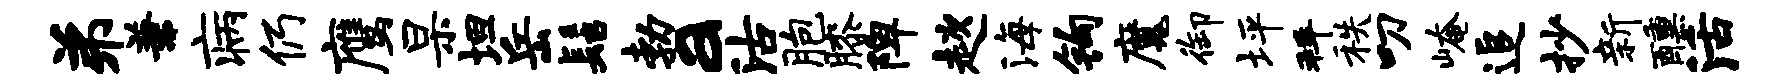
弟兼病仍鹰杲坦岳髻勃a沽胞膝陴趑海钩魔御坪拜秩叨崦追抄新醺活